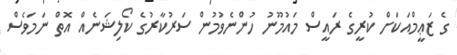
ގެ ޒަޢީމްއަކަށް ކުރީގެ ރައީސް މައުމޫނު ހުންނެވުމުން ސަރުކާރުގެ ކޯލިޝަނެއް އޮތް ނަމަވެސް